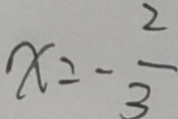
x = - \frac { 2 } { 3 }